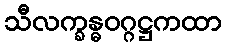
သီလက္ခန္ဓဝဂ္ဂဋ္ဌကထာ